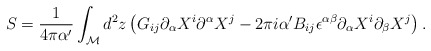
\begin{align*}S = \frac{1}{4\pi\alpha^\prime}\int_{\cal M} d^2 z \left( G_{ij}\partial_\alpha X^i \partial^\alpha X^j - 2\pi i \alpha^\prime B_{ij} \epsilon^{\alpha\beta}\partial_\alpha X^i \partial_\beta X^j\right) .\end{align*}